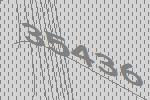
35436